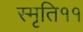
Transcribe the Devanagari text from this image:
स्मृति११